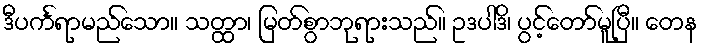
ဒီပင်္ကရာမည်သော။ သတ္ထာ၊ မြတ်စွာဘုရားသည်။ ဥဒပါဒိ၊ ပွင့်တော်မူပြီ။ တေန